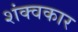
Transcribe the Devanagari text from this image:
शंक्वकार